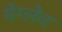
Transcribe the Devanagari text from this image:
मेग्लेव